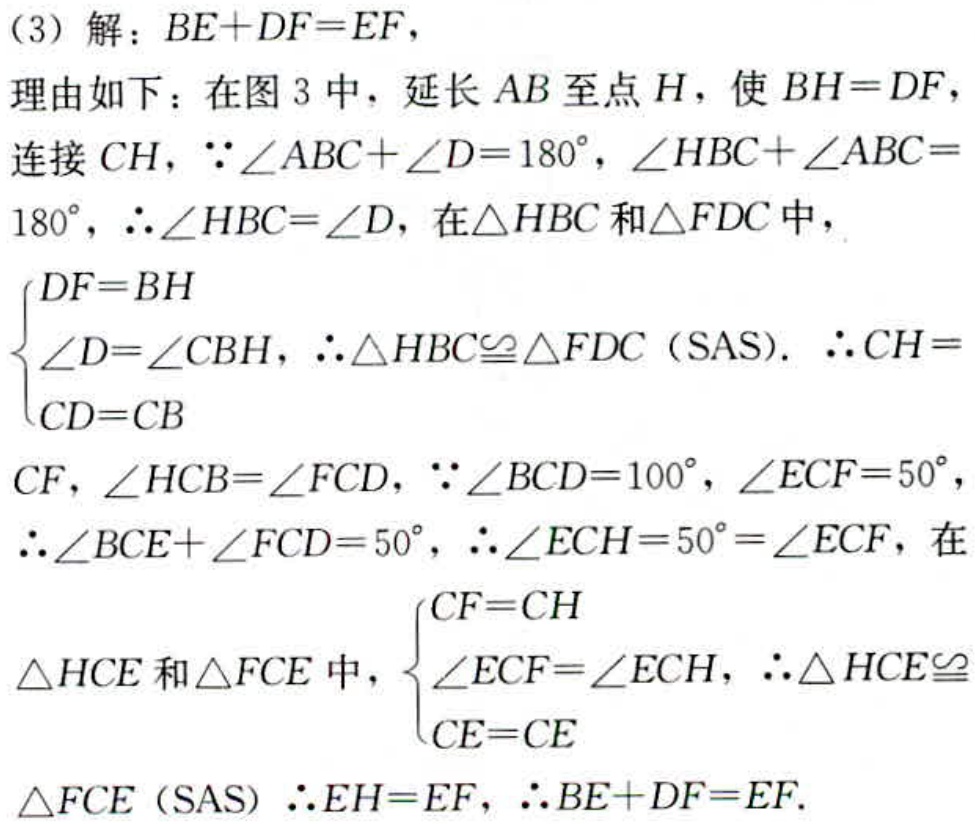
（3）解：\(BE + DF = EF\)，
理由如下：在图 3 中，延长 \(AB\) 至点 \(H\)，使 \(BH = DF\)，连接 \(CH\)，\(\because\angle ABC+\angle D = 180^{\circ}\)，\(\angle HBC+\angle ABC = 180^{\circ}\)，\(\therefore\angle HBC=\angle D\)，在\(\triangle HBC\)和\(\triangle FDC\)中，
\(\begin{cases}
DF = BH\\
\angle D=\angle CBH\\
CD = CB
\end{cases}\)，\(\therefore\triangle HBC\cong\triangle FDC\)（SAS）. \(\therefore CH = CF\)，\(\angle HCB=\angle FCD\)，\(\because\angle BCD = 100^{\circ}\)，\(\angle ECF = 50^{\circ}\)，\(\therefore\angle BCE+\angle FCD = 50^{\circ}\)，\(\therefore\angle ECH = 50^{\circ}=\angle ECF\)，在\(\triangle HCE\)和\(\triangle FCE\)中，\(\begin{cases}
CF = CH\\
\angle ECF=\angle ECH\\
CE = CE
\end{cases}\)，\(\therefore\triangle HCE\cong\triangle FCE\)（SAS） \(\therefore EH = EF\)，\(\therefore BE + DF = EF\).